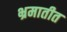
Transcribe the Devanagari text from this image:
भ्रमातीत